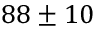
8 8 \pm 1 0